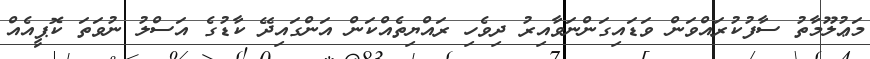
މަޢުލޫމާތު ސާފުކުރައްވަން ވަޑައިގަންނަވާއިރު ދިވެހި ރައްޔިތެއްކަން އަންގައިދޭ ކާޑުގެ އަސްލު ނުވަތަ ކޮޕީއެއް